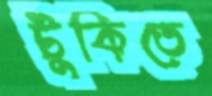
টুকিতে